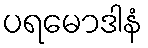
ပရမောဒါနံ